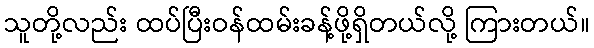
သူတို့လည်း ထပ်ပြီးဝန်ထမ်းခန့်ဖို့ရှိတယ်လို့ ကြားတယ်။